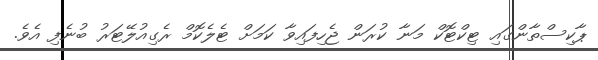
ޕާކިސްތާންގައި ޓިކްޓޮކް މަނާ ކުރަން ޖެހިފައިވާ ކަމަށް ޓެލެކޮމް ރެގިއުލޭޓަރު ބުނެފި އެވެ.